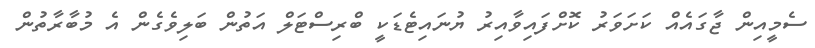
ސެމީއިން ޖާގައެއް ކަށަވަރު ކޮށްފައިވާއިރު ޔުނައިޓެޑަކީ ބްރިސްޓަލް އަތުން ބަލިވެގެން އެ މުބާރާތުން